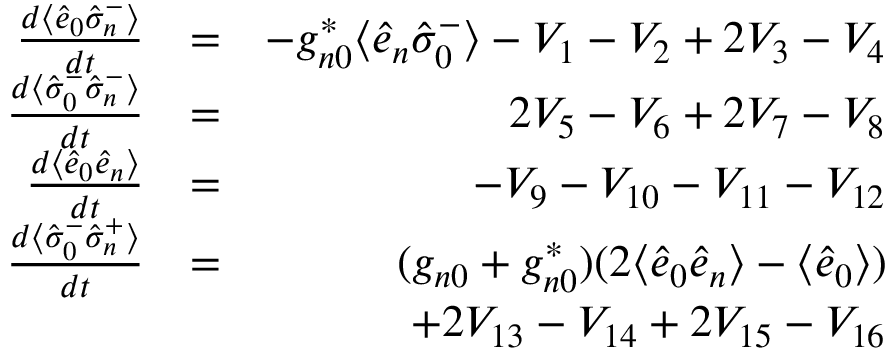
\begin{array} { r l r } { \frac { d \langle \hat { e } _ { 0 } \hat { \sigma } _ { n } ^ { - } \rangle } { d t } } & { = } & { - g _ { n 0 } ^ { * } \langle \hat { e } _ { n } \hat { \sigma } _ { 0 } ^ { - } \rangle - V _ { 1 } - V _ { 2 } + 2 V _ { 3 } - V _ { 4 } } \\ { \frac { d \langle \hat { \sigma } _ { 0 } ^ { - } \hat { \sigma } _ { n } ^ { - } \rangle } { d t } } & { = } & { 2 V _ { 5 } - V _ { 6 } + 2 V _ { 7 } - V _ { 8 } } \\ { \frac { d \langle \hat { e } _ { 0 } \hat { e } _ { n } \rangle } { d t } } & { = } & { - V _ { 9 } - V _ { 1 0 } - V _ { 1 1 } - V _ { 1 2 } } \\ { \frac { d \langle \hat { \sigma } _ { 0 } ^ { - } \hat { \sigma } _ { n } ^ { + } \rangle } { d t } } & { = } & { ( g _ { n 0 } + g _ { n 0 } ^ { * } ) ( 2 \langle \hat { e } _ { 0 } \hat { e } _ { n } \rangle - \langle \hat { e } _ { 0 } \rangle ) } \\ & { \null } & { + 2 V _ { 1 3 } - V _ { 1 4 } + 2 V _ { 1 5 } - V _ { 1 6 } } \end{array}